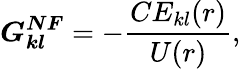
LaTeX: \boldsymbol{G_{kl}^{NF}}=-\frac{CE_{kl}(r)}{U(r)},